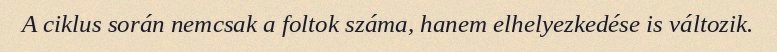
A ciklus során nemcsak a foltok száma, hanem elhelyezkedése is változik.